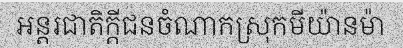
អន្តរជាតិក្តីជនចំណាកស្រុកមីយ៉ានម៉ា